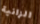
الزانية